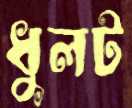
ধুলট